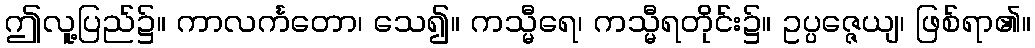
ဤလူ့ပြည်၌။ ကာလင်္ကတော၊ သေ၍။ ကသ္မီရေ၊ ကသ္မီရတိုင်း၌။ ဥပ္ပဇ္ဇေယျ၊ ဖြစ်ရာ၏။